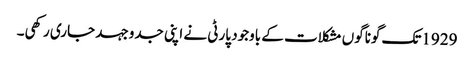
1929تک گوناگوں مشکلات کے باوجود پارٹی نے اپنی جدوجہد جاری رکھی۔